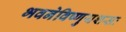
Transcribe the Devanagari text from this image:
भवनेविष्णुयशसः